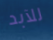
للآبد